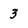
Character: 3